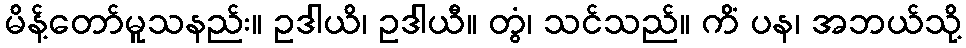
မိန့်တော်မူသနည်း။ ဥဒါယိ၊ ဥဒါယီ။ တွံ၊ သင်သည်။ ကိံ ပန၊ အဘယ်သို့